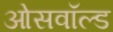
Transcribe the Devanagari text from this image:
ओसवॉल्ड